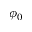
\phi _ { 0 }